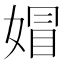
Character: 媢